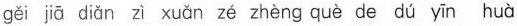
gěi jiā diǎn zì xuǎn zé zhèng què de dú yīn huà